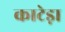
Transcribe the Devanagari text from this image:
काटेड़ा